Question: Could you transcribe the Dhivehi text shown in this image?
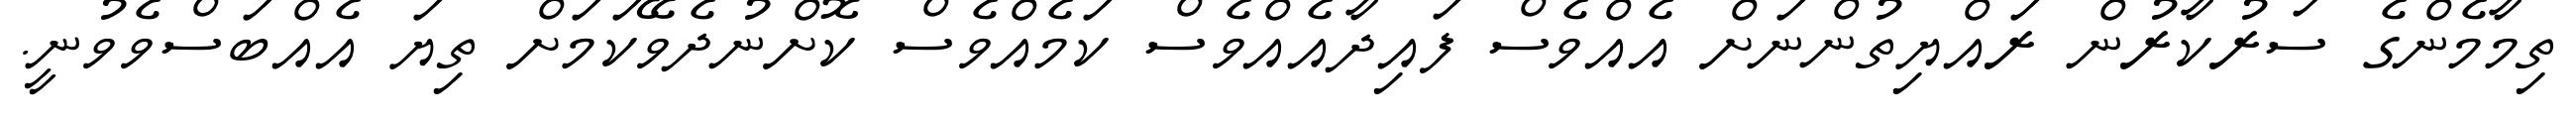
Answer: ތިމާމެންގެ ސަރުކާރުން ރައްޔިތުންނަށް އެއްވެސް ފައިދާއެއްވެސް ކަމެއްވެސް ކޮށްނުދެވޭކަމަށް ތިޔަ އެއްބަސްވެވުނީ.